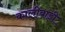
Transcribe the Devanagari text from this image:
कालीबाड़ी